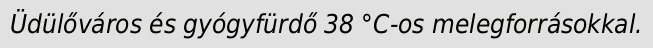
Üdülőváros és gyógyfürdő 38 °C-os melegforrásokkal.